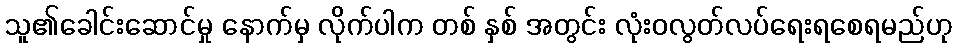
သူ၏ခေါင်းဆောင်မှု နောက်မှ လိုက်ပါက တစ် နှစ် အတွင်း လုံးဝလွတ်လပ်ရေးရစေရမည်ဟု